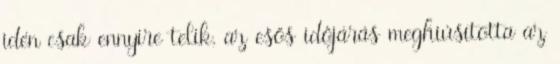
idén csak ennyire telik, az esős időjárás meghiúsította az